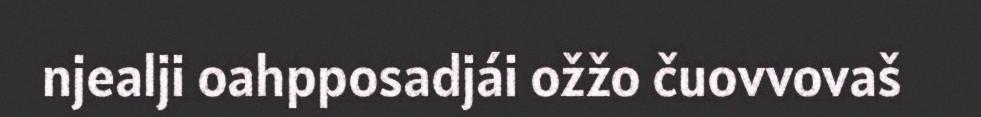
njealji oahpposadjái ožžo čuovvovaš